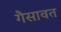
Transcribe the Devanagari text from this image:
गैसावत